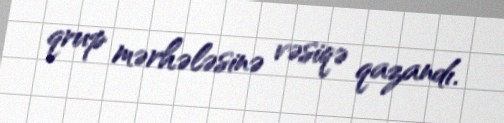
qrup mərhələsinə vəsiqə qazandı.